65_HS1-834228961_62-HQ-83894_Section_7
Agency: FBI
Page 41
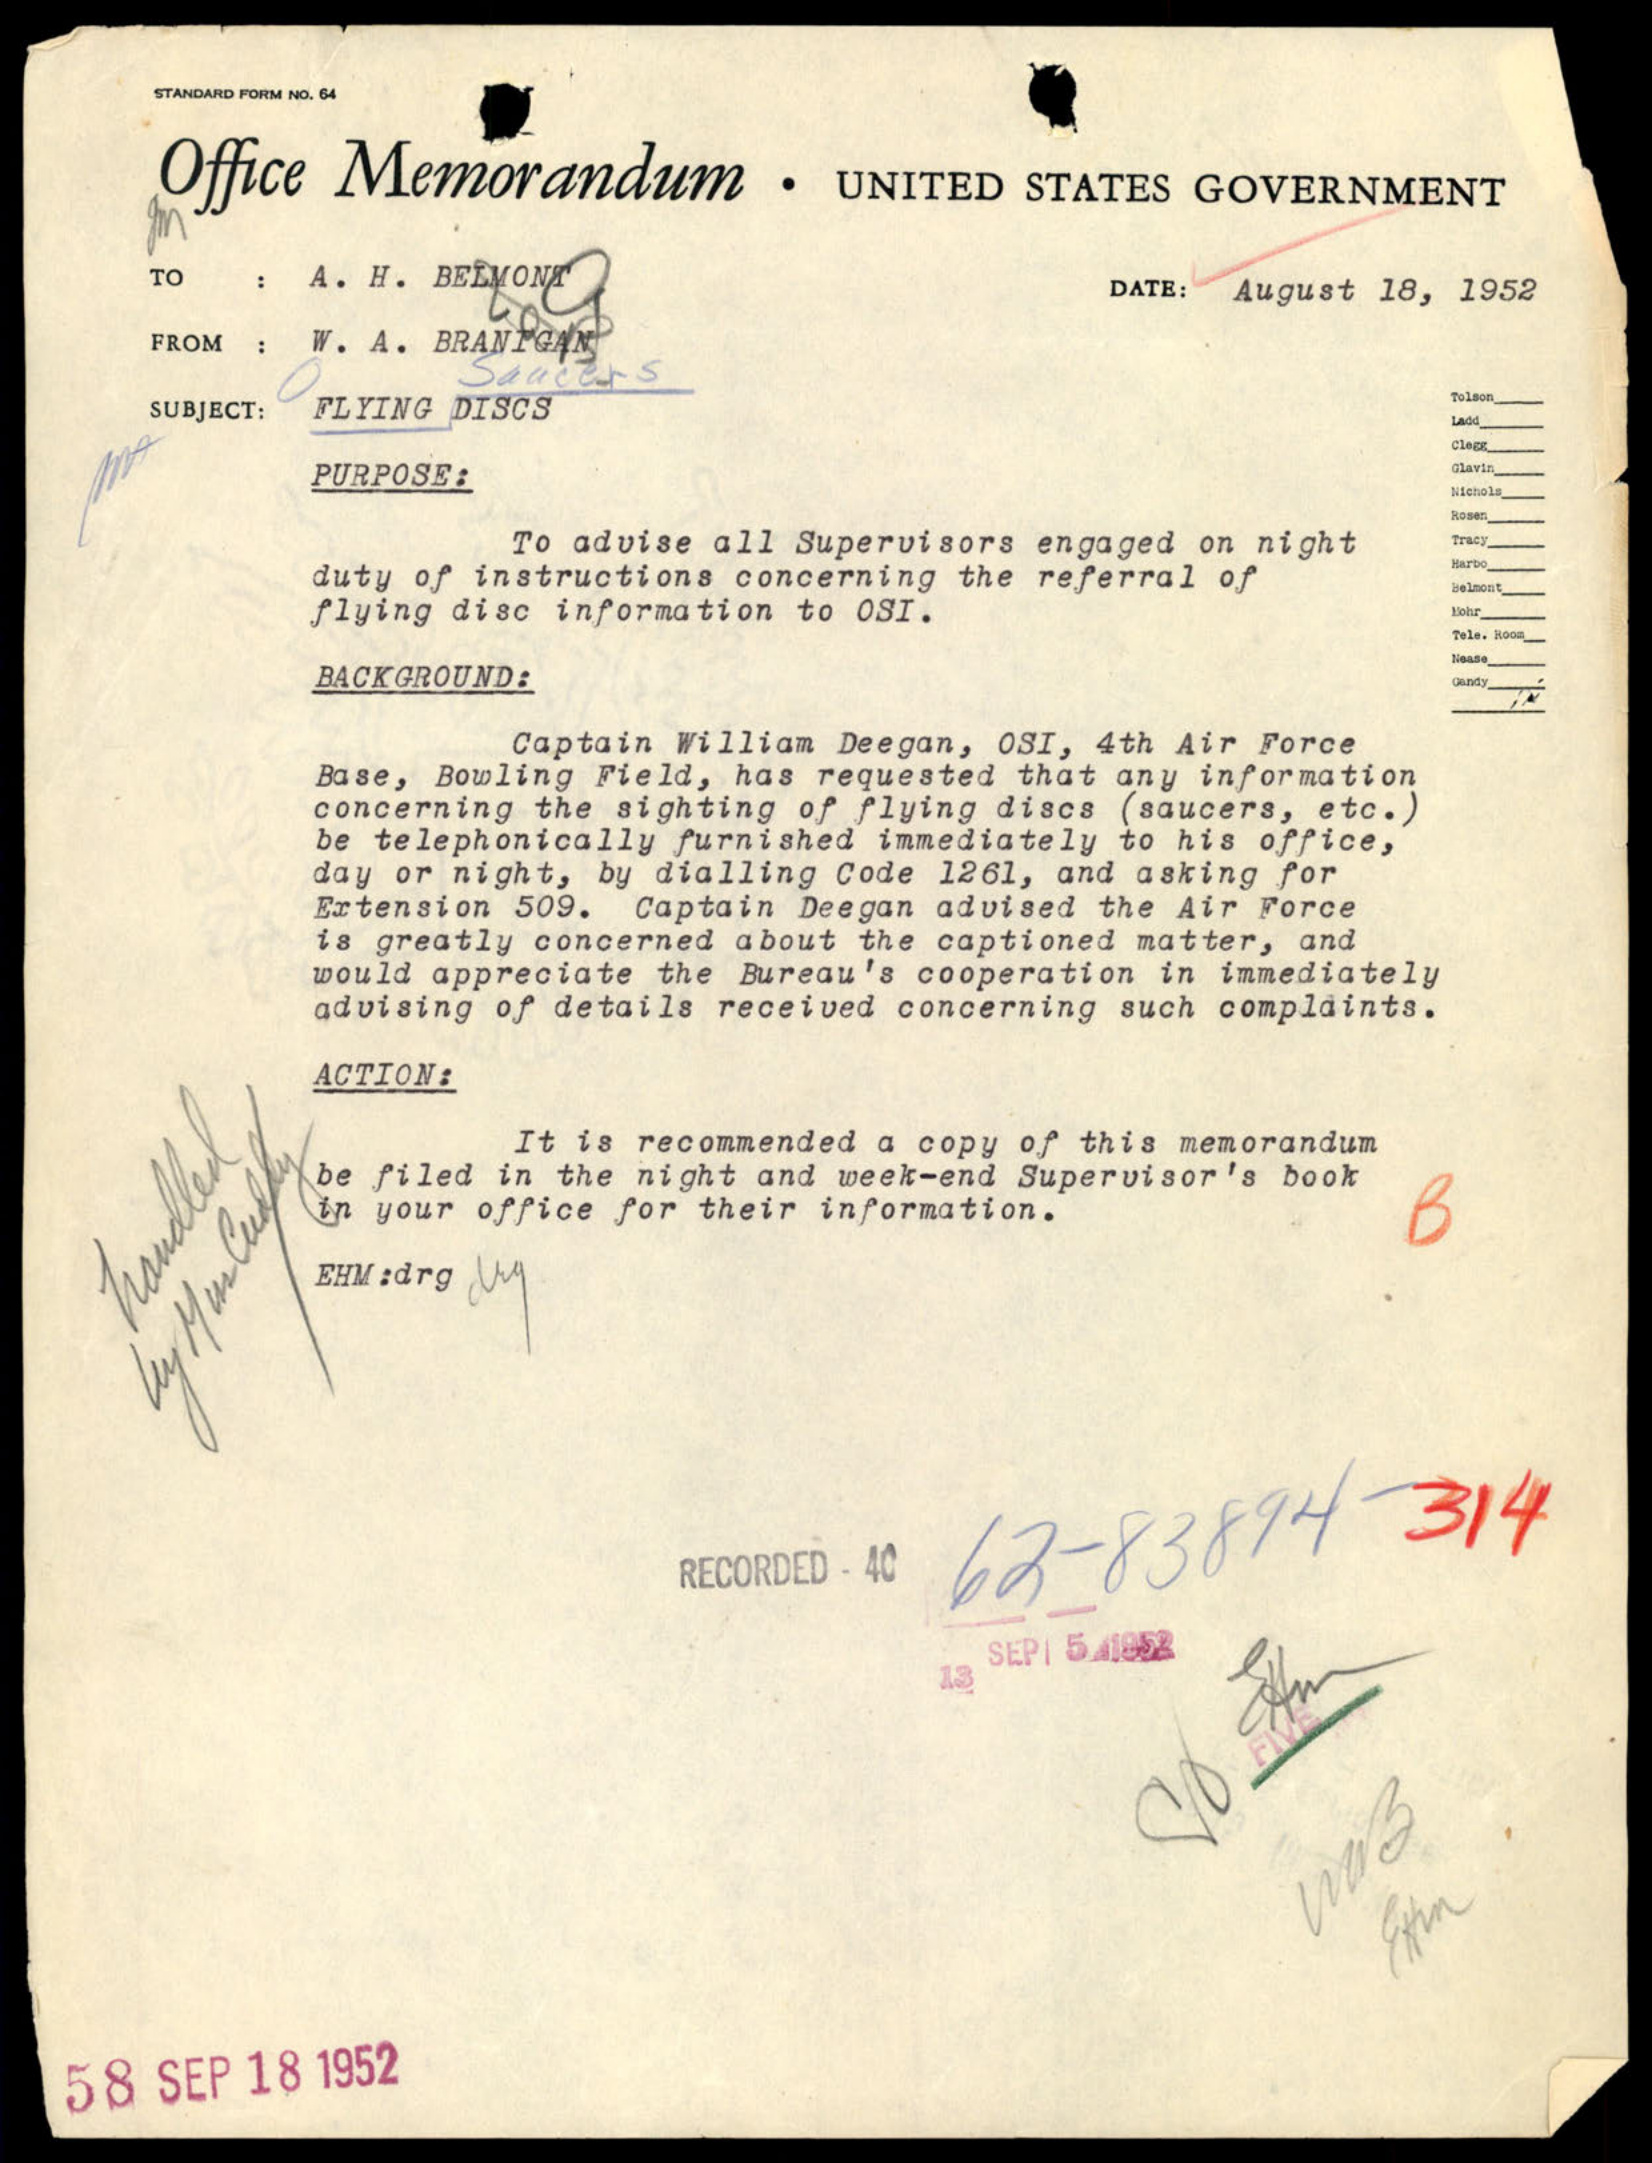